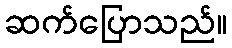
ဆက်ပြောသည်။